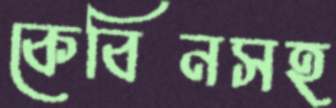
কেবিনসহ